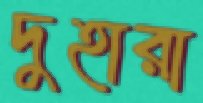
দুহারা